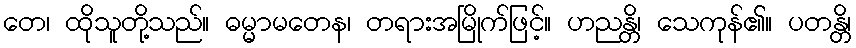
တေ၊ ထိုသူတို့သည်။ ဓမ္မာမတေန၊ တရားအမြိုက်ဖြင့်။ ဟညန္တိ၊ သေကုန်၏။ ပတန္တိ၊